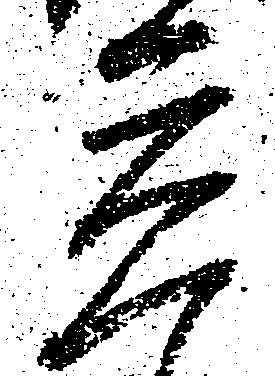
立